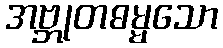
အဗ္ဘုတဓမ္မသော